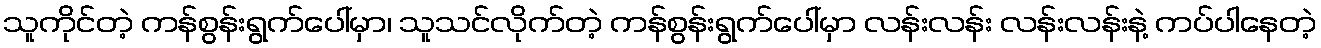
သူကိုင်တဲ့ ကန်စွန်းရွက်ပေါ်မှာ၊ သူသင်လိုက်တဲ့ ကန်စွန်းရွက်ပေါ်မှာ လန်းလန်း လန်းလန်းနဲ့ ကပ်ပါနေတဲ့